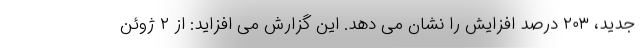
جدید، ۲۰۳ درصد افزایش را نشان می دهد. این گزارش می افزاید: از ۲ ژوئن